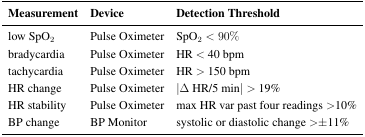
<table><thead><tr><td><b>Measurement</b></td><td><b>Device</b></td><td><b>Detection Threshold</b></td></tr></thead><tbody><tr><td>low SpO<sub>2</sub></td><td>Pulse Oximeter</td><td>SpO<sub>2</sub> &lt; 90%</td></tr><tr><td>bradycardia</td><td>Pulse Oximeter</td><td>HR &lt; 40 bpm</td></tr><tr><td>tachycardia</td><td>Pulse Oximeter</td><td>HR &gt; 150 bpm</td></tr><tr><td>HR change</td><td>Pulse Oximeter</td><td>| Δ HR/5 min| &gt; 19%</td></tr><tr><td>HR stability</td><td>Pulse Oximeter</td><td>max HR var past four readings &gt;10%</td></tr><tr><td>BP change</td><td>BP Monitor</td><td>systolic or diastolic change &gt;±11%</td></tr></tbody></table>